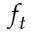
f _ { t }